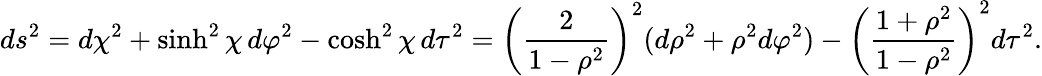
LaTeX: ds^{2}=d\chi^{2}+\sinh^{2}\chi\, d\varphi^{2}-\cosh^{2}\chi\, d\tau^{2}=\left({\frac{2}{1-\rho^{2}}}\right)^{2}(d\rho^{2}+\rho^{2}d\varphi^{2})-\left({\frac{1+\rho^{2}}{1-\rho^{2}}}\right)^{2}d\tau^{2}.